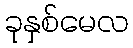
ခုနှစ်မေလ